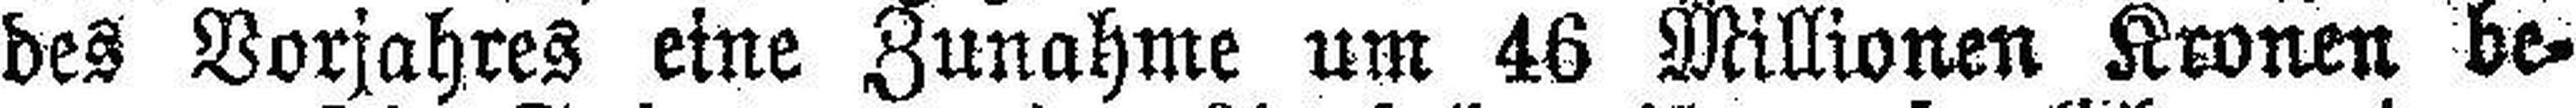
des Vorjahres eine Zunahme um 46 Millionen Kronen be¬